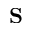
\mathbf { S }